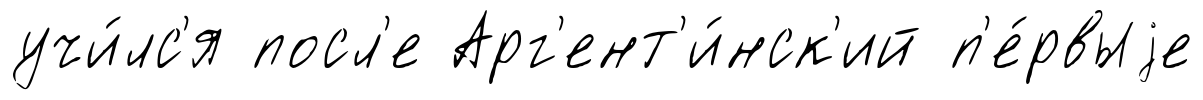
учи́лс'я посл'е Арг'ент'и́нск'ий п'е́рвыjе